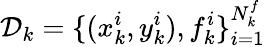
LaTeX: \mathcal{D}_{k}=\{ (x_{k}^{i},y_{k}^{i}),f_{k}^{i}\} _{i=1}^{N_{k}^{f}}